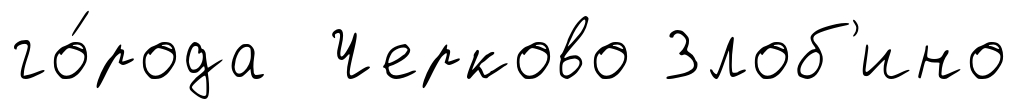
го́рода Черково Злоб'ино